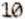
10